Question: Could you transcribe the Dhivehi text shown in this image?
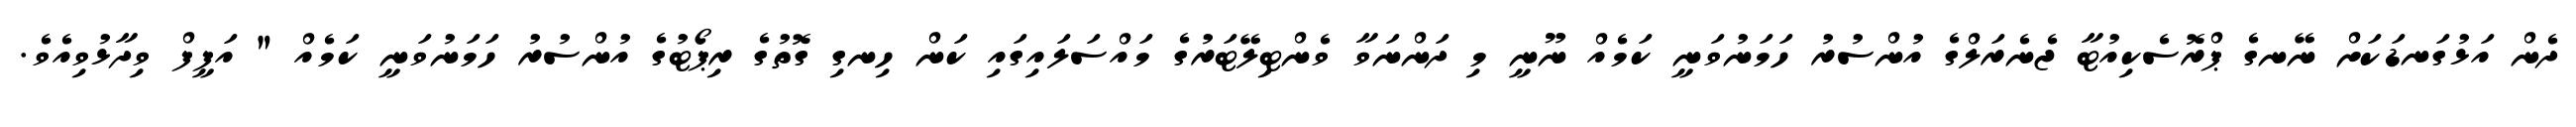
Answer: ދެން އަޅުގަނޑަކަށް ނޭނގެ ޕްރޮސެކިއުޓާ ޖެނެރަލްގެ އުންސުރު ހަމަނުވަނީ ކަމެއް ނޫނީ މި ދަންނަވާ ވެންޓިލޭޓަރުގެ މައްސަލައިގައި ކަން ހިނގި ގޮތުގެ ރިޕޯޓުގެ އުންސުރު ހަމަނުވަނީ ކަމެއް " އަފީފް ވިދާޅުވިއެވެ.